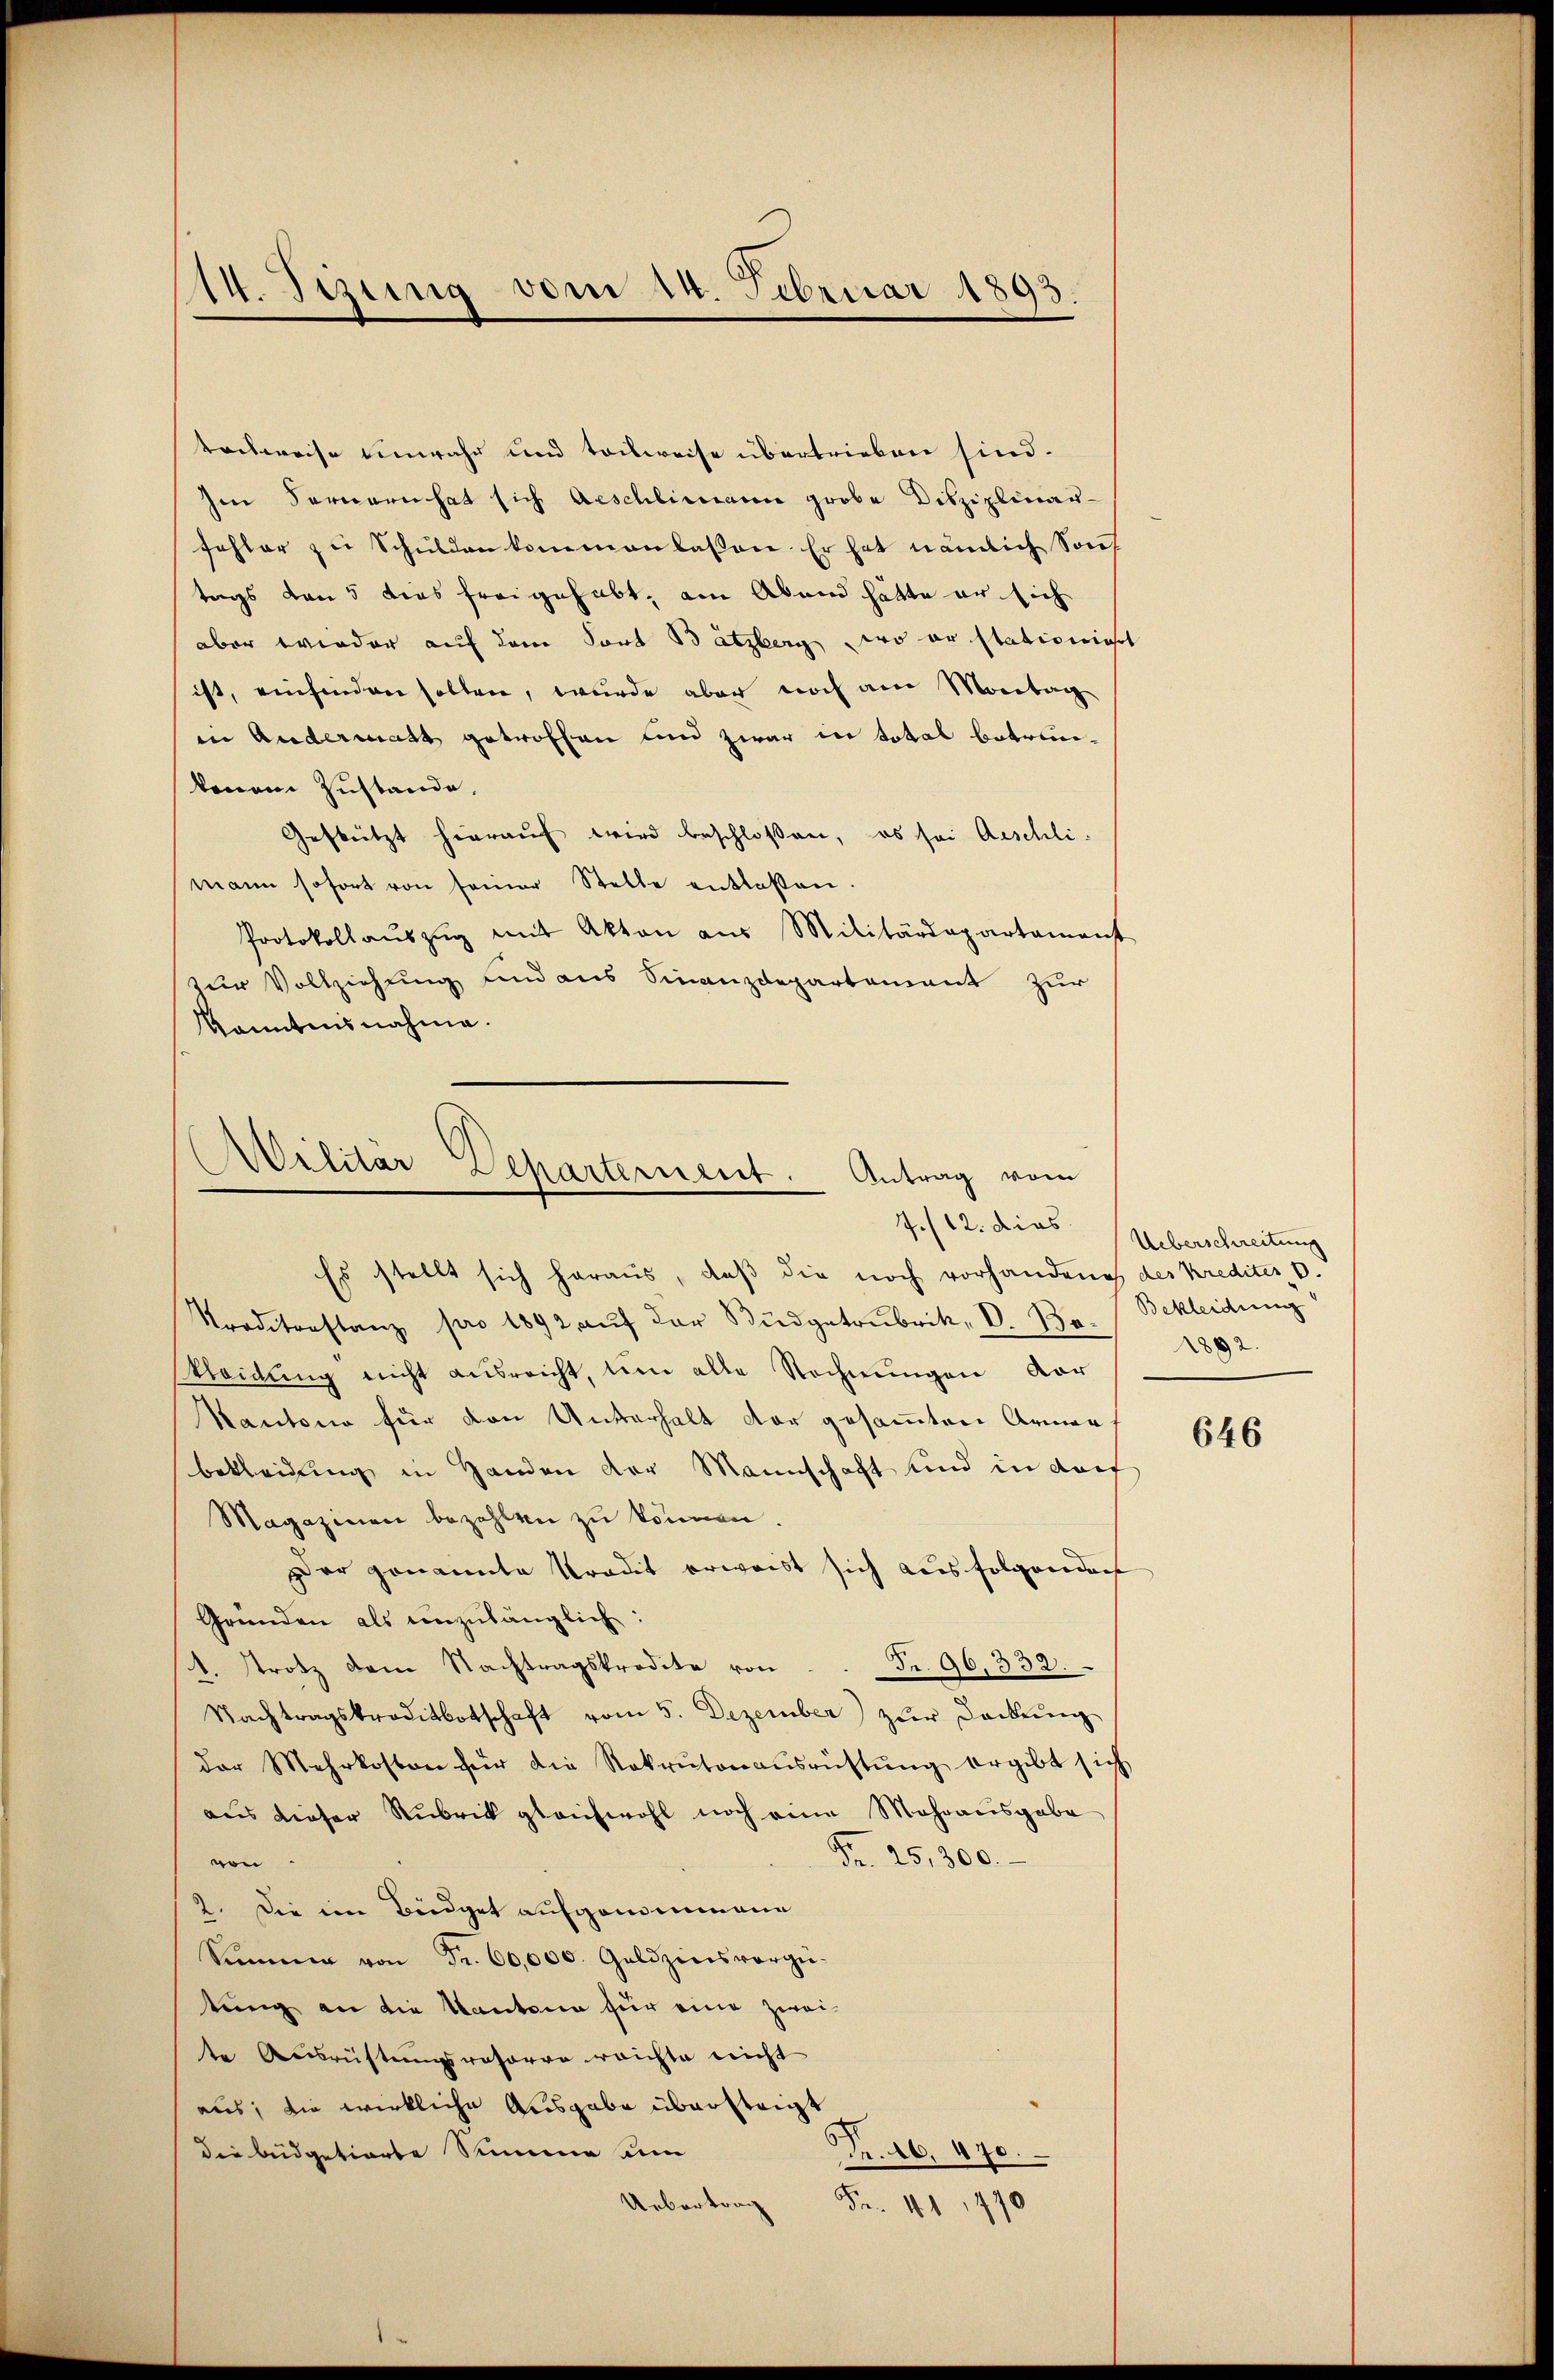
14. Sizung vom 14. Februar 1893.

tockweise unwahr und teilweise übertrieben sind.
Ien Fernern hat sich Aeschlimann grobe Disziplinar-
fehler zu Schulden kommen lassen. Er hat nämlich Souf
tags von 5 dies freigehabt, am Abend hätte er sich
aber wieder auf dem Fort Bätzberg wo er stationiert
ist, einfinden sollen, wurde aber noch am Montag
in Andermatt getroffen und zwar in total betrunkonen Zustande,
Gestützt hierauf wird beschlossen, es sei Aeschli-
mann sofort von seiner Stelle entlaßen.
Protokollaŭszŭg mit Akten aus Militärdepartament
zur Vollziehung und aus Finanzdepartement zur
kanntnisnahme.

Militär-Departement. Antrag vom
Es stellt sich heraus, daß die noch vorhandenes des Krediter, 6.

Traditanstanz pro 1892 aŭf der Büdgetrubrik, V. Be. Bekleidung
kleidung nicht ausreicht, um alle Rechnungen vor
Kantone für den Unterhalt der gesammten Armen
bekleidung in Handen der Mannschaft und in das
Magazinen bezahlen zu können.
Der genannte Pradit erwaist sich ausfolgenden
Gründen als einzulänglich:
Fr. 90,332.
1. Strotz dem Nachtragskredite von
Nachtragskreditbotschaft vom 5. Dezember zŭr Deckung
der Mehrkosten für die Rekrutenausrüstŭng ergibt sich
aus dieser Rubrik gleichwohl noch eine Mehrausgabe
Fr. 25,300.
von
2. Die im Büdget aufgenommene
Simmen von Fr. 60,000. Geldzins vorge-
tung an die Kantone für eine zwei-
te Ausrüstungsreforro reichte nicht
aus; die wirkliche Ausgabe übersteigt
Fr. 16. 470.
die büdgetierte Summe um
Uebertrag
Fr. 111 1470

7./12. dies Überschreitung
1892.

646